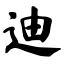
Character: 迪